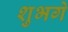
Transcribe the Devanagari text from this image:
शुभगे